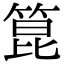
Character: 箟